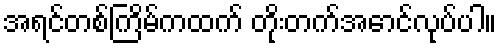
အရင်တစ်ကြိမ်ကထက် တိုးတက်အောင်လုပ်ပါ။